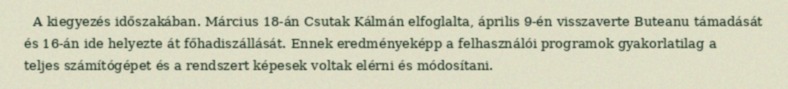
A kiegyezés időszakában. Március 18-án Csutak Kálmán elfoglalta, április 9-én visszaverte Buteanu támadását és 16-án ide helyezte át főhadiszállását. Ennek eredményeképp a felhasználói programok gyakorlatilag a teljes számítógépet és a rendszert képesek voltak elérni és módosítani.